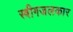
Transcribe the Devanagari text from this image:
स्त्रीगजलकार